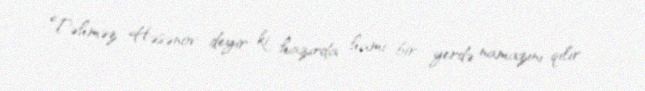
Təhməz Həsənov deyir ki, hazırda hamı bir yerdə namazını qılır.